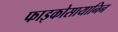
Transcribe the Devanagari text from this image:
फाइकोसायानिन